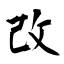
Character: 改